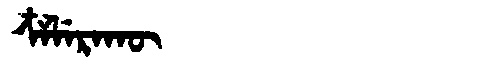
Manchu: ᠴᠶᠯᡝᡵᠠᡴᡡ
Romanization: CYLERAKŪ